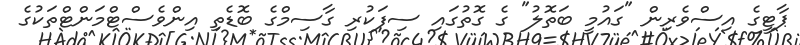
ޕާޓީގެ އިސްވެރިން "ގައުމީ ބަތޮލު" ގެ ގޮތުގައި ސިފަކުރި ގާސިމްގެ ބޮޑެތި އިންވެސްޓްމަންޓްތަކުގެ